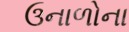
ઉનાળોના